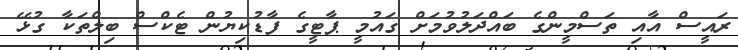
ރައީސް އާއި ތަސްމީންގެ ބައްދަލުވުމަށް ގައުމީ ޕާޓީގެ ފާޑުކިޔުން ޓެކްސް ބިލްތަކާ ގުޅޭ